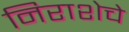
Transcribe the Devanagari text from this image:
निराशेचे